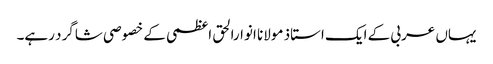
یہاں عربی کے ایک استاذ مولانا انوارالحق اعظمی کے خصوصی شاگرد رہے۔